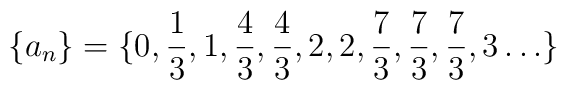
\{a_n\}=\{0,\frac 13,1,\frac 43,\frac 43,2,2,\frac 73,\frac 73,\frac73,3\ldots\}